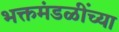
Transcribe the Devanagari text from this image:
भक्तमंडळींच्या